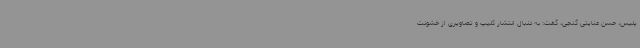
پلیس، حسن عنایتی گنجی، گفت: به دنبال انتشار کلیپ و تصاویری از خشونت